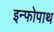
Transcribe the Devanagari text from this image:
इन्फोपाथ